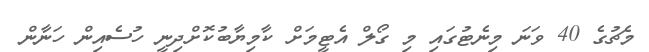
މެޗުގެ 40 ވަނަ މިނެޓުގައި މި ގޯލް އެޓީމަށް ކާމިޔާބުކޮށްދިނީ ހުސެއިން ހަނާން